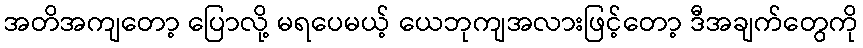
အတိအကျတော့ ပြောလို့ မရပေမယ့် ယေဘုကျအလားဖြင့်တော့ ဒီအချက်တွေကို